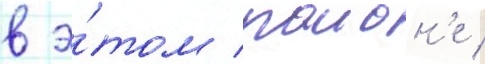
в э́том раион'е /